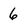
Character: 6